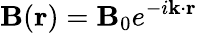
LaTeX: \mathbf{B}(\mathbf{r})=\mathbf{B}_{0}e^{-i\mathbf{k}\cdot\mathbf{r}}